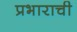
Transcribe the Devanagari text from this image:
प्रभाराची